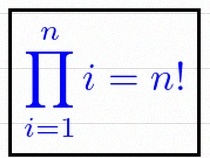
\prod_{i=1}^{n}i=n!